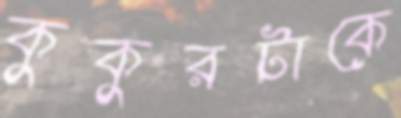
কুকুরটাকে